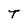
Character: T